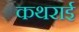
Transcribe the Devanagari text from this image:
कथराई